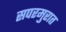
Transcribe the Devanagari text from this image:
सपरमुरात